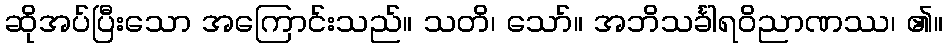
ဆိုအပ်ပြီးသော အကြောင်းသည်။ သတိ၊ သော်။ အဘိသင်္ခါရဝိညာဏဿ၊ ၏။